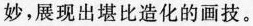
妙，展现出堪比造化的画技。